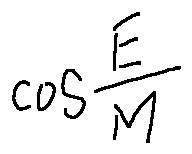
\cos \frac { E } { M }